Indian Medical Review
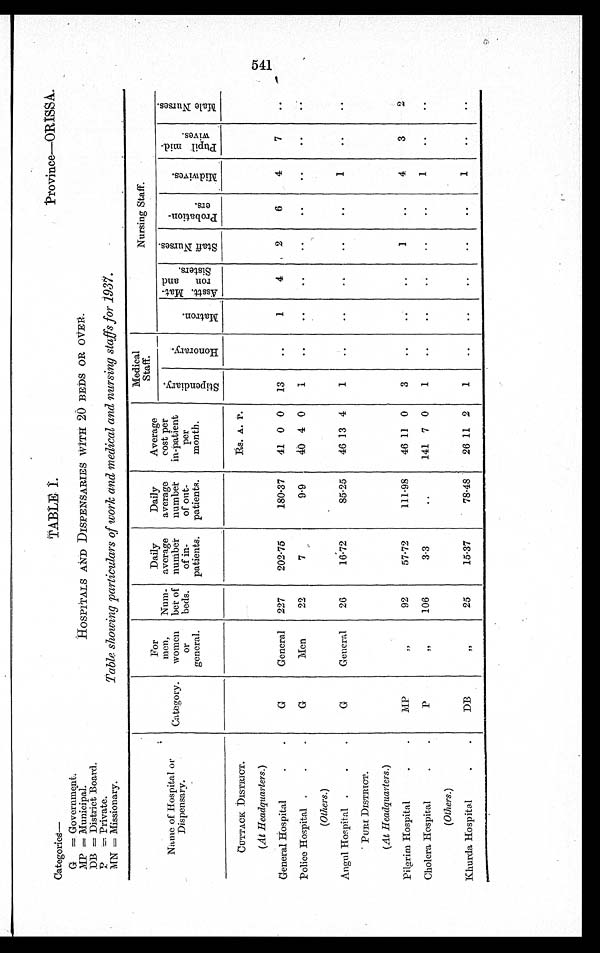
Categorie s—
G = Government.
MP = Municipal.
DB = District Board.
P = Private.
MN = Missionary.
TABLE I.
Province—ORISSA.
HOSPITALS AND DISPENSARIES WITH 20 BEDS OR OVER.
Table showing particulars of work and medical and nursing staffs for 1937.
Name of Hospital or
Dispensary.
Category.
For
men,
women
or
general.
Num-
ber of
beds.
Daily
average
number
of in-
patients.
Daily
average
number
of out-
patients.
Average
cost per
in-patient
per
month.
Medical
Staff.
Nursing Staff.
A s s t t . M a t - r o n a n d S i s t e r s .
S t a f f N u r s e s .
P r o b a t i o n - e r s .
Mi d wi v e s .
P u p i l m i d - w i v e s .
Ma l e Nu r s e s .
S t i p e n d i a r y .
Honor ar y.
Ma t r on.
CUTTACK DISTRICT.
Rs. A. P.
(At Headquarters.)
General Hospital
G
General 227
202.75
180.37
41 0 0 13
1
4
2
6
4
7
Police Hospital
G
Men
22
7
9.9
4 0 4 0
1
(Others.)
Angul Hospital
G
General
26
16.72
85.25
46 13 4
1
1
PURI DISTRICT.
(At Headquarters.)
Pilgrim Hospital
MP
„
92
57.72
111.98
46 11 0
3
1
4
3
2
Cholera Hospital
P
„
106
3.3
„
141 7 0
1
1
(Others.)
Khurda Hospital
DB
„
25
15.37
78.48
26 11 2
1
1
541